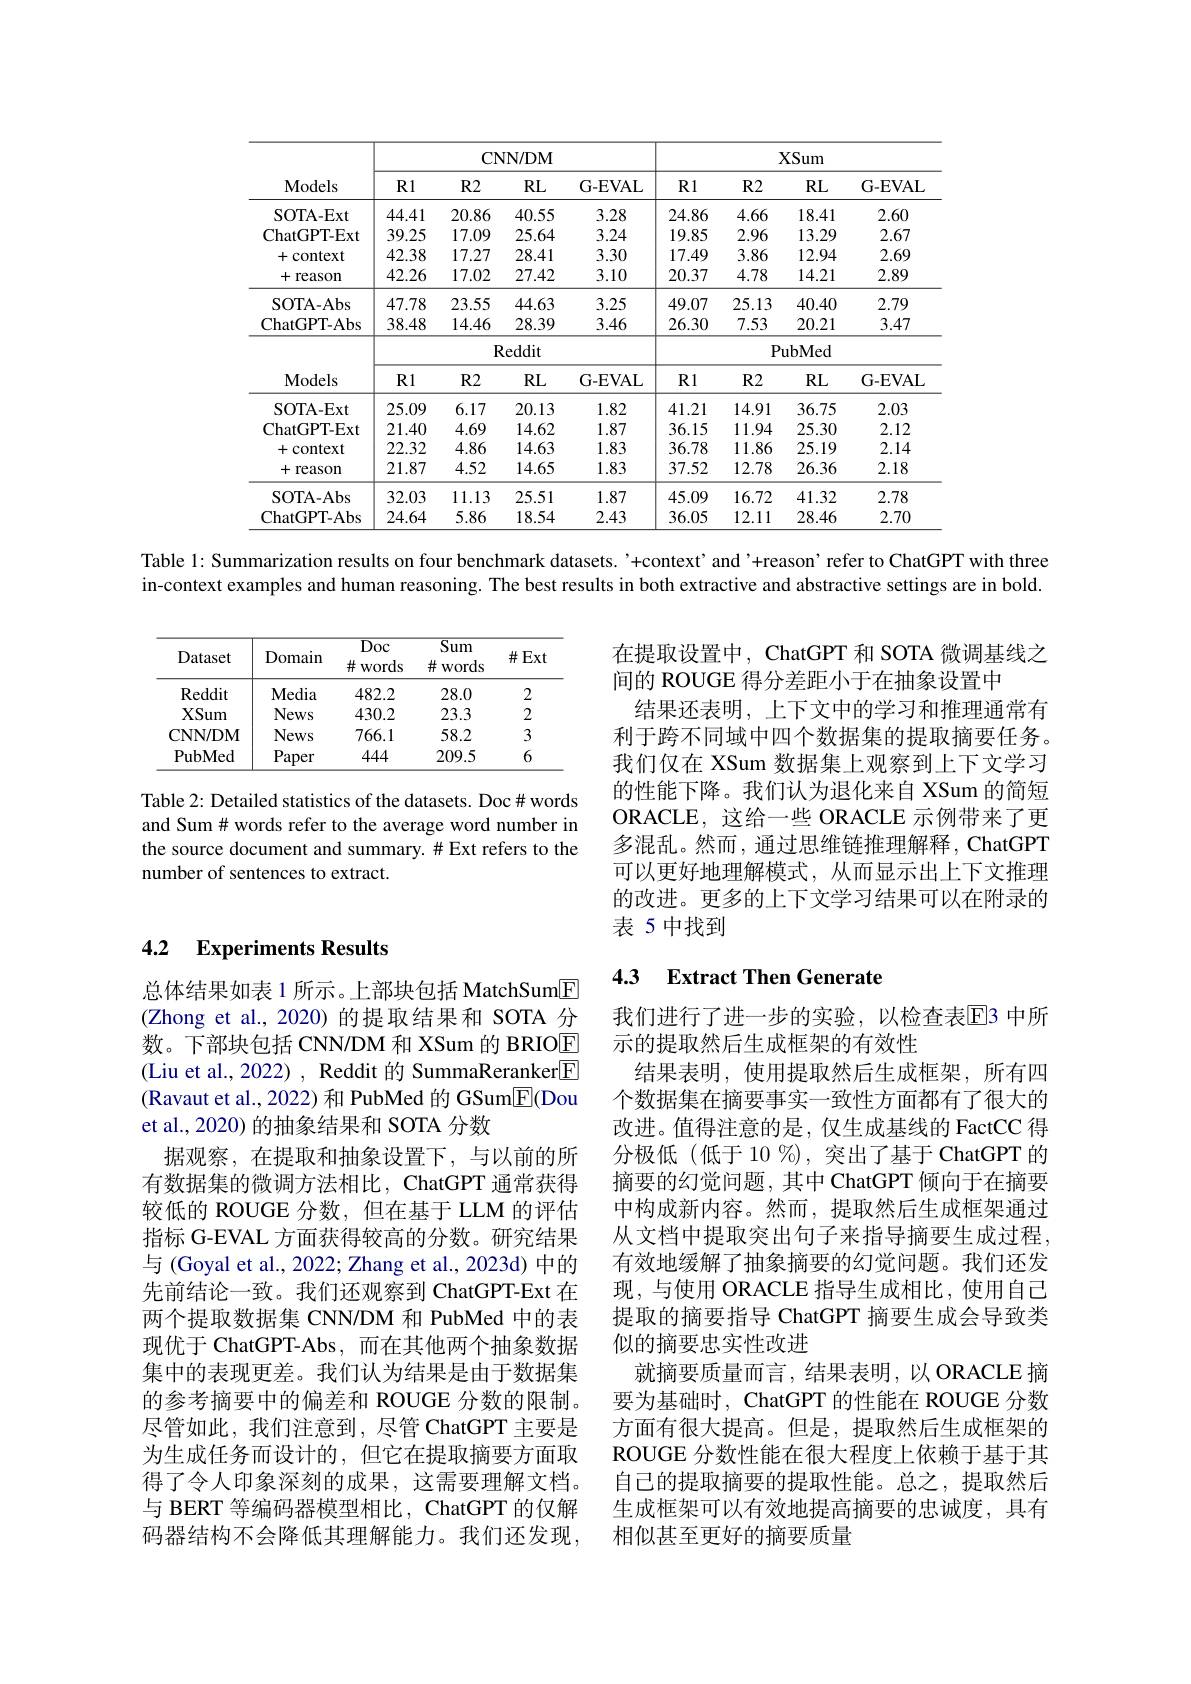
<table>
	<tbody>
		<tr>
			<th rowspan="2">Models</th>
			<th colspan="4">CNN/ DM</th>
			<th colspan="4">XSum</th>
		</tr>
		<tr>
			<th>R1</th>
			<th>$R2$</th>
			<th>$RL$</th>
			<th>G-EVAL</th>
			<th>R1</th>
			<th>$R2$</th>
			<th>$RL$</th>
			<th>G- EVAL</th>
		</tr>
		<tr>
			<td>SOTA- Ext</td>
			<td>44.41</td>
			<td>20.86</td>
			<td>40.55</td>
			<td>3.28</td>
			<td>24.86</td>
			<td>4.66</td>
			<td>18.41</td>
			<td>2.60</td>
		</tr>
		<tr>
			<td>ChatGPT- Ext</td>
			<td>39.25</td>
			<td>17.09</td>
			<td>25.64</td>
			<td>3.24</td>
			<td>19.85</td>
			<td>2.96</td>
			<td>13.29</td>
			<td>2.67</td>
		</tr>
		<tr>
			<td>+context</td>
			<td>42.38</td>
			<td>17.27</td>
			<td>28.41</td>
			<td>3.30</td>
			<td>17.49</td>
			<td>3.86</td>
			<td>12.94</td>
			<td>2.69</td>
		</tr>
		<tr>
			<td>+reason</td>
			<td>42.26</td>
			<td>17.02</td>
			<td>27.42</td>
			<td>3.10</td>
			<td>20.37</td>
			<td>4.78</td>
			<td>14.21</td>
			<td>2.89</td>
		</tr>
		<tr>
			<td>SOTA- Abs</td>
			<td>47.78</td>
			<td>23.55</td>
			<td>44.63</td>
			<td>3.25</td>
			<td>49.07</td>
			<td>25.13</td>
			<td>40.40</td>
			<td>2.79</td>
		</tr>
		<tr>
			<td>ChatGPT- Abs</td>
			<td>38.48</td>
			<td>14.46</td>
			<td>28.39</td>
			<td>3.46</td>
			<td>26.30</td>
			<td>7.53</td>
			<td>20.21</td>
			<td>3.47</td>
		</tr>
		<tr>
			<td> </td>
			<td> </td>
			<td colspan="3">Reddit</td>
			<td colspan="4">PubMed</td>
		</tr>
		<tr>
			<td>Models</td>
			<td>R1</td>
			<td>$R2$</td>
			<td>$RL$</td>
			<td>G-EVAL</td>
			<td>R1</td>
			<td>$R2$</td>
			<td>$RL$</td>
			<td>$\mathbf{G-EVAL}$</td>
		</tr>
		<tr>
			<td>SOTA- Ext</td>
			<td>25.09</td>
			<td>6.17</td>
			<td>20.13</td>
			<td>1.82</td>
			<td>41.21</td>
			<td>14.91</td>
			<td>36.75</td>
			<td>2.03</td>
		</tr>
		<tr>
			<td>ChatGPT- Ext</td>
			<td>21.40</td>
			<td>4.69</td>
			<td>14.62</td>
			<td>1.87</td>
			<td>36.15</td>
			<td>11.94</td>
			<td>25.30</td>
			<td>2.12</td>
		</tr>
		<tr>
			<td>+context</td>
			<td>22.32</td>
			<td>4.86</td>
			<td>14.63</td>
			<td>1.83</td>
			<td>36.78</td>
			<td>11.86</td>
			<td>25.19</td>
			<td>2.14</td>
		</tr>
		<tr>
			<td>+reason</td>
			<td>21.87</td>
			<td>4.52</td>
			<td>14.65</td>
			<td>1.83</td>
			<td>37.52</td>
			<td>12.78</td>
			<td>26.36</td>
			<td>2.18</td>
		</tr>
		<tr>
			<td>SOTA- Abs</td>
			<td>32.03</td>
			<td>11.13</td>
			<td>25.51</td>
			<td>1.87</td>
			<td>45.09</td>
			<td>16.72</td>
			<td>41.32</td>
			<td>2.78</td>
		</tr>
		<tr>
			<td>ChatGPT- Abs</td>
			<td>24.64</td>
			<td>5.86</td>
			<td>18.54</td>
			<td>2.43</td>
			<td>36.05</td>
			<td>12.11</td>
			<td>28.46</td>
			<td>2.70</td>
		</tr>
	</tbody>
</table>

Table 1: Summarization results on four benchmark datasets. '+context’and’+reason’refer to ChatGPT with three

in-context examples and human reasoning. The best results in both extractive and abstractive settings are in bold.

<table>
	<tbody>
		<tr>
			<th>Dataset</th>
			<th>Domain</th>
			<th>$\overline{\mathrm{Doc}}$ $\#$words T</th>
			<th>$\overline{\text{Sum}}$ 井い words</th>
			<th>$\#Ext$</th>
		</tr>
		<tr>
			<td>Reddit</td>
			<td>$\mathbf{Media}$</td>
			<td>482.2</td>
			<td>28.0</td>
			<td>2</td>
		</tr>
		<tr>
			<td>XSum</td>
			<td>News</td>
			<td>430.2</td>
			<td>23.3</td>
			<td>2</td>
		</tr>
		<tr>
			<td>CNN/ DM</td>
			<td>News</td>
			<td>766.1</td>
			<td>58.2</td>
			<td>3</td>
		</tr>
		<tr>
			<td>PubMed</td>
			<td>Paper</td>
			<td>444</td>
			<td>209.5</td>
			<td>6</td>
		</tr>
	</tbody>
</table>

在提取设置中，ChatGPT 和 SOTA 微调基线之
间的 ROUGE 得分差距小于在抽象设置中
结果还表明，上下文中的学习和推理通常有利于跨不同域中四个数据集的提取摘要任务。我们仅在 XSum 数据集上观察到上下文学习的性能下降。我们认为退化来自 XSum 的简短ORACLE, 这给一些 ORACLE 示例带来了更多混乱。然而，通过思维链推理解释，ChatGPT 可以更好地理解模式，从而显示出上下文推理的改进。更多的上下文学习结果可以在附录的表 5 中找到

Table 2: Detailed statistics of the datasets. Doc# words and Sum# words refer to the average word number in the source document and summary. # Ext refers to the number of sentences to extract.

### 4.2 Experiments Results

### 4.3 $\textbf{Extract Then Generate}$

总体结果如表 1 所示。上部块包括 MatchSum[E] (Zhong et al., 2020)的提取结果和 SOTA 分数。下部块包括 CNN/DM 和 XSum 的 BRIOE (Liu et al., 2022) , Reddit 的 SummaReranker[F] (Ravaut et al., 2022) 和 PubMed 的 GSum$\overline{\mathbb{E}}$(Dou et al., 2020) 的抽象结果和 SOTA 分数
据观察，在提取和抽象设置下，与以前的所有数据集的微调方法相比，ChatGPT 通常获得较低的 ROUGE 分数，但在基于 LLM 的评估指标 G-EVAL 方面获得较高的分数。研究结果与 (Goyal et al., 2022; Zhang et al., 2023d) 中的先前结论一致。我们还观察到 ChatGPT-Ext 在两个提取数据集 CNN/DM 和 PubMed 中的表现优于 ChatGPT-Abs,而在其他两个抽象数据集中的表现更差。我们认为结果是由于数据集的参考摘要中的偏差和 ROUGE 分数的限制。尽管如此，我们注意到，尽管 ChatGPT 主要是为生成任务而设计的，但它在提取摘要方面取得了令人印象深刻的成果，这需要理解文档。与 BERT 等编码器模型相比，ChatGPT 的仅解码器结构不会降低其理解能力。我们还发现，

我们进行了进一步的实验，以检查表$\overline{\mathrm{E}}$3 中所
示的提取然后生成框架的有效性
结果表明，使用提取然后生成框架，所有四个数据集在摘要事实一致性方面都有了很大的改进。值得注意的是，仅生成基线的 FactCC 得分极低(低于10%),突出了基于ChatGPT 的摘要的幻觉问题，其中 ChatGPT 倾向于在摘要中构成新内容。然而，提取然后生成框架通过从文档中提取突出句子来指导摘要生成过程， 有效地缓解了抽象摘要的幻觉问题。我们还发现，与使用 ORACLE 指导生成相比，使用自己提取的摘要指导 ChatGPT 摘要生成会导致类似的摘要忠实性改进
就摘要质量而言，结果表明，以 ORACLE 摘要为基础时，ChatGPT 的性能在 ROUGE 分数方面有很大提高。但是，提取然后生成框架的ROUGE 分数性能在很大程度上依赖于基于其自己的提取摘要的提取性能。总之，提取然后生成框架可以有效地提高摘要的忠诚度，具有相似甚至更好的摘要质量